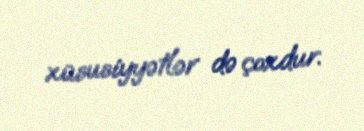
xüsusiyyətlər də çoxdur.